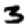
Digit: 3